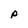
Character: p